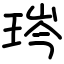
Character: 琌